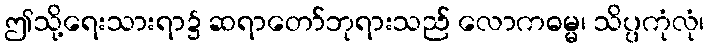
ဤသို့ရေးသားရာ၌ ဆရာတော်ဘုရားသည် လောကဓမ္မ၊ သိပ္ပကုံလုံ၊